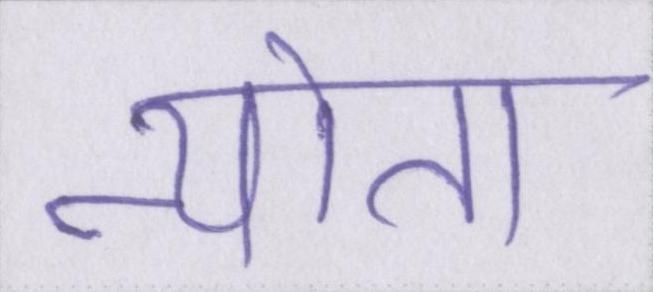
न्यौता